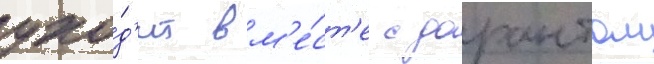
ухо́д'ит вм'е́ст'е с дорантом